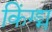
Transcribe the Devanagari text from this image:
किंग्ड्म